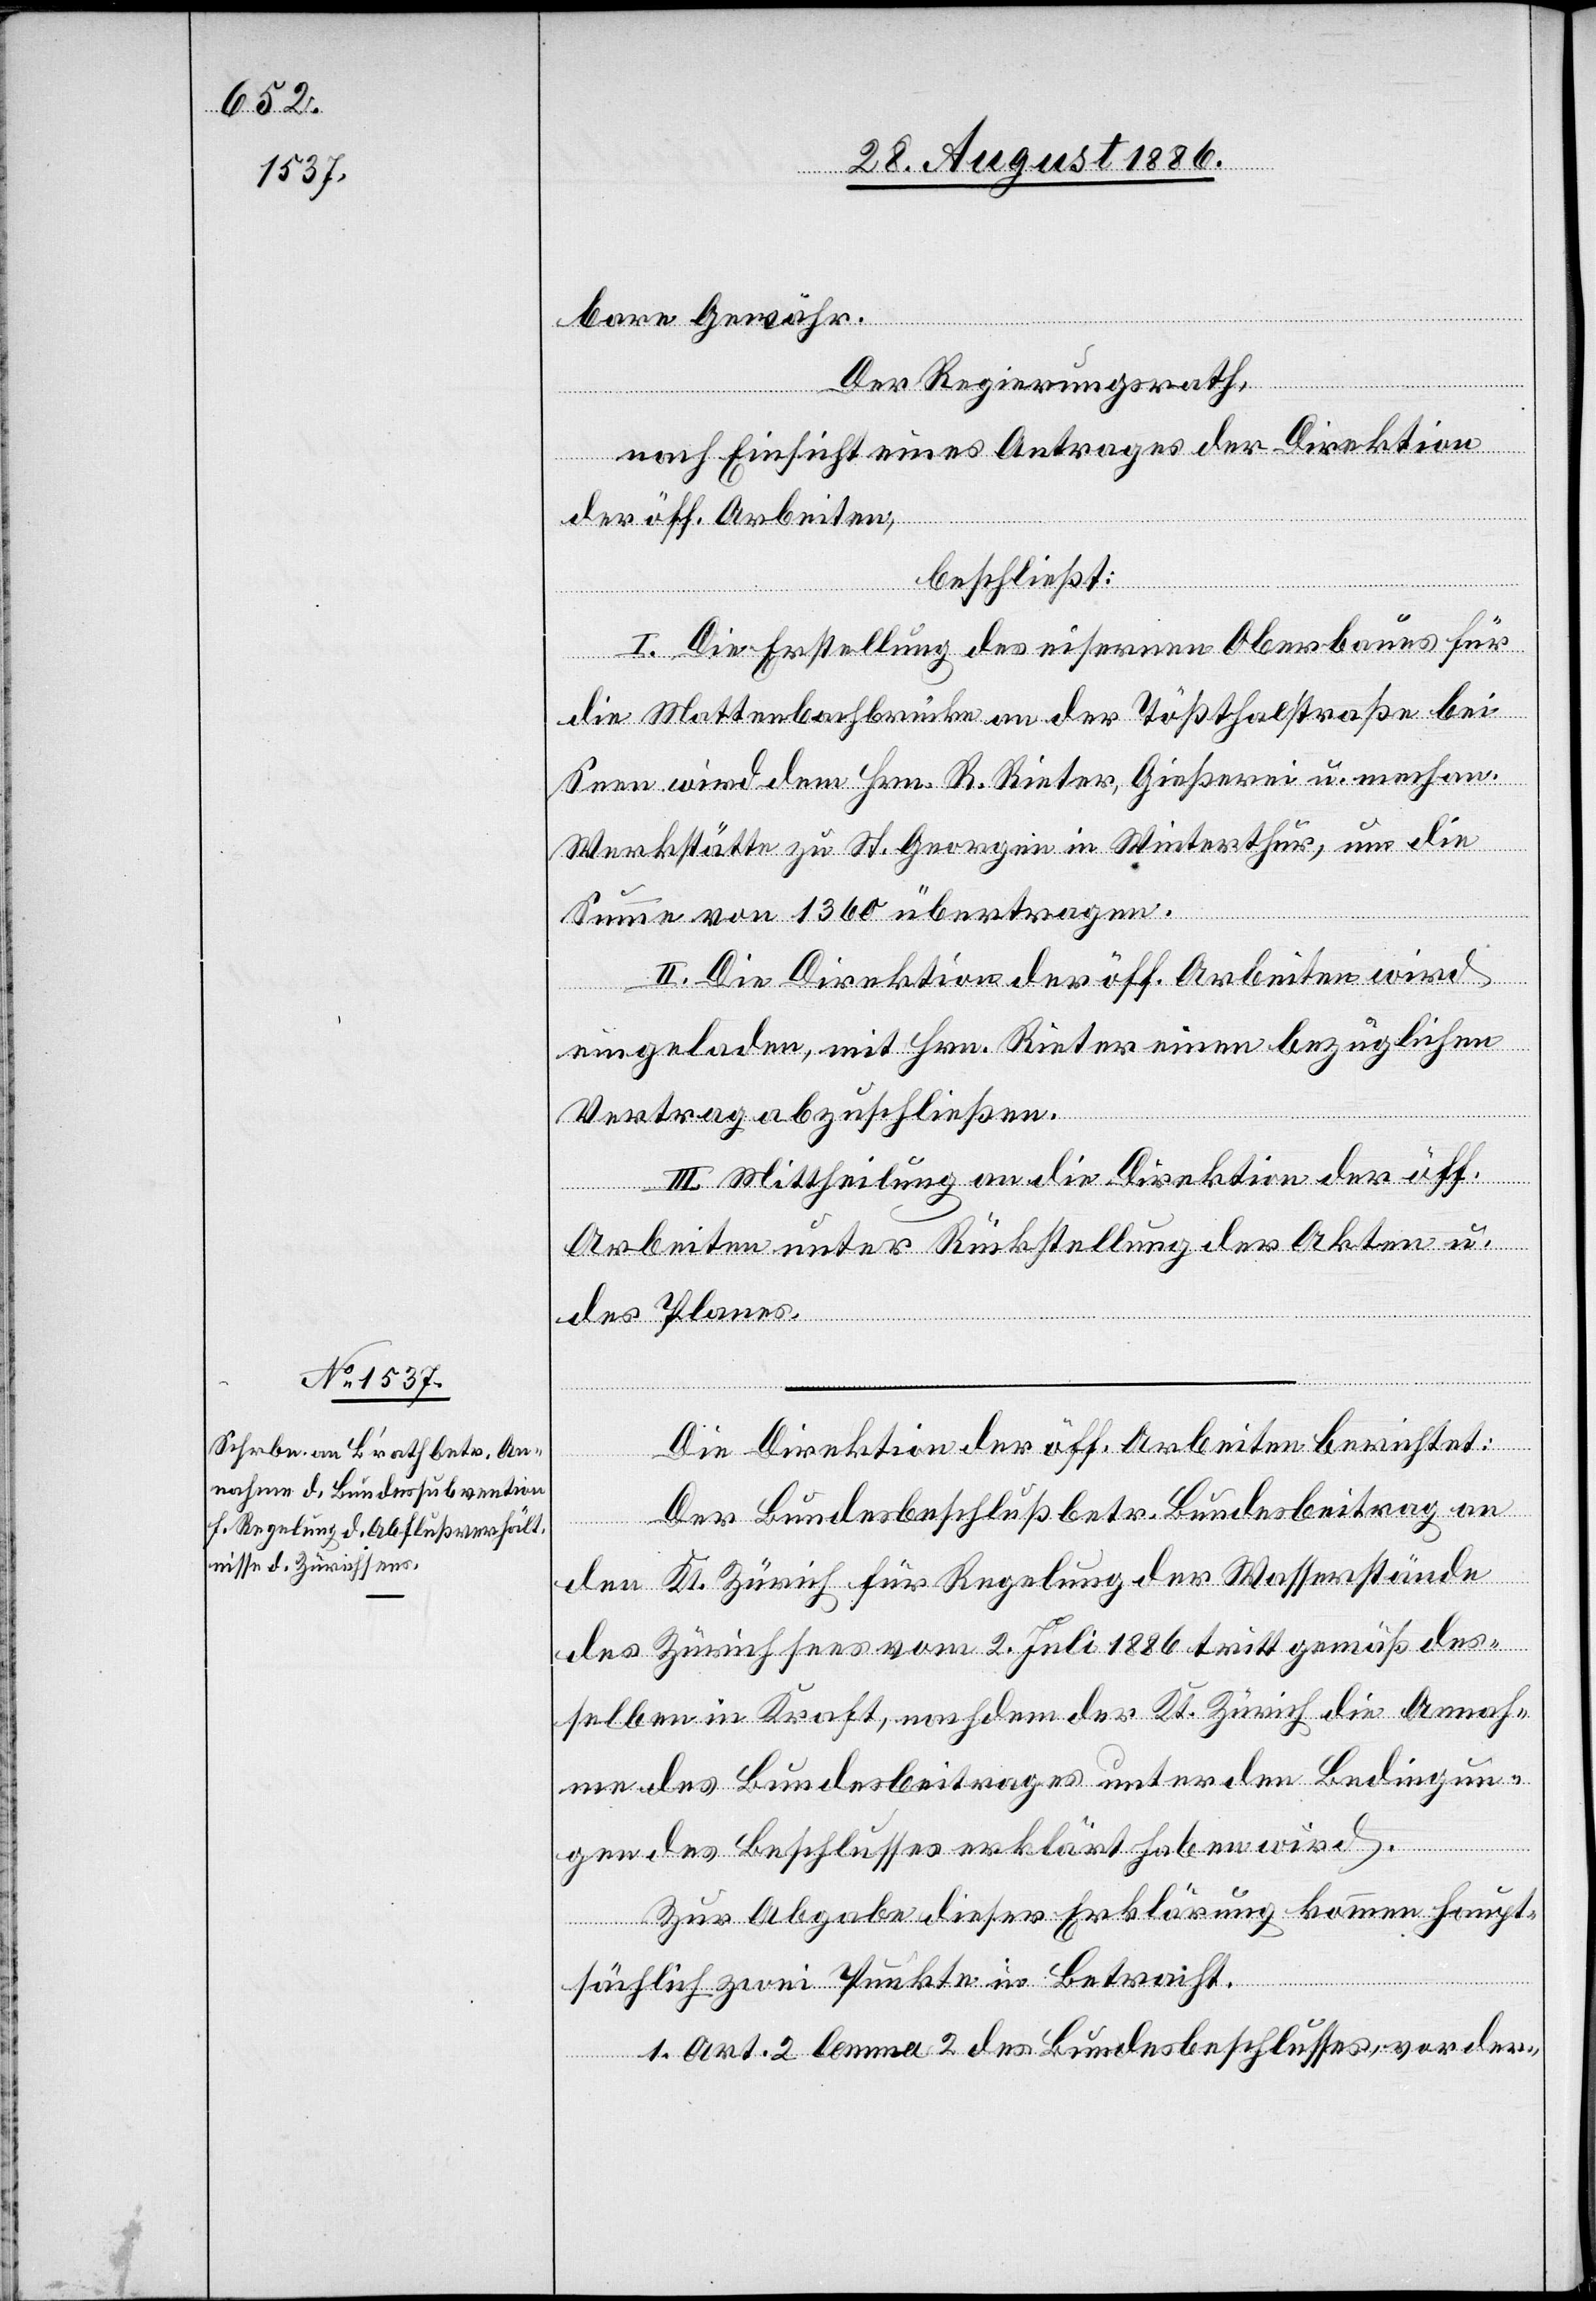
bare Gewähr.
Der Regierungsrath,
nach Einsicht eines Antrages der Direktion
der öff. Arbeiten,
beschließt:
I. Die Erstellung des eisernen Oberbaues für
die Mattenbachbrücke an der Tößthalstraße bei
Seen wird dem Hrn. R. Rieter, Gießerei u. mechan.
Werkstätte zu St. Georgen in Winterthur, um die
Summe von 1360 übertragen.
II. Die Direktion der öff. Arbeiten wird
eingeladen, mit Hrn. Rieter einen bezüglichen
Vertrag abzuschließen.
III. Mittheilung an die Direktion der öff.
Arbeiten unter Rückstellung der Akten u.
des Planes.
Die Direktion der öff. Arbeiten berichtet:
Der Bundesbeschluß betr. Bundesbeitrag an
den Kt. Zürich für Regelung der Wasserstände
des Zürichsees vom 2. Juli 1886 tritt gemäß des¬
selben in Kraft, nachdem der Kt. Zürich die Annah¬
me des Bundesbeitrages unter den Bedingun¬
gen des Beschlusses erklärt haben wird.
Zur Abgabe dieser Erklärung kommen haupt¬
sächlich zwei Punkte in Betracht:
1. Art. 2 lemma 2 des Bundesbeschlusses, vor der-